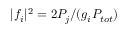
\lvert f _ { i } \rvert ^ { 2 } = 2 P _ { j } / ( g _ { i } P _ { t o t } )